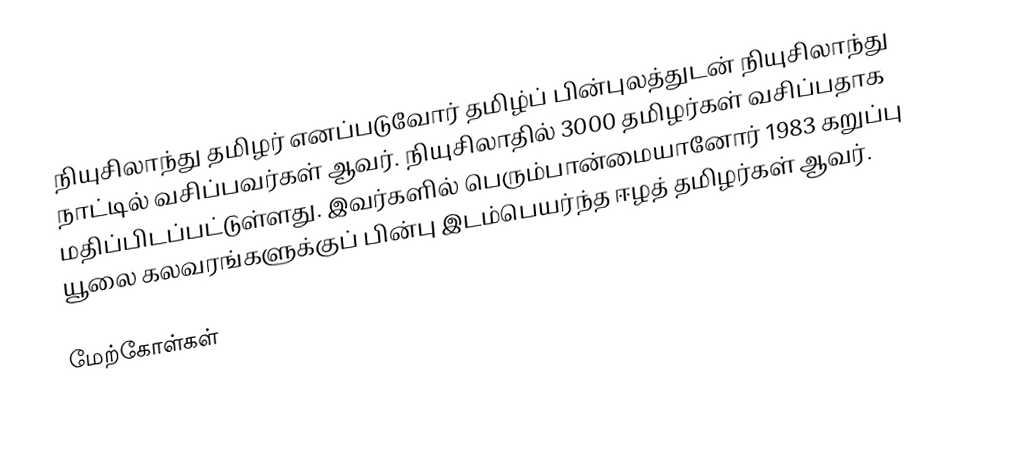
நியுசிலாந்து தமிழர் எனப்படுவோர் தமிழ்ப் பின்புலத்துடன் நியுசிலாந்து நாட்டில் வசிப்பவர்கள் ஆவர்.  நியுசிலாதில் 3000 தமிழர்கள் வசிப்பதாக மதிப்பிடப்பட்டுள்ளது.  இவர்களில் பெரும்பான்மையானோர் 1983 கறுப்பு யூலை கலவரங்களுக்குப் பின்பு இடம்பெயர்ந்த ஈழத் தமிழர்கள் ஆவர்.

மேற்கோள்கள்